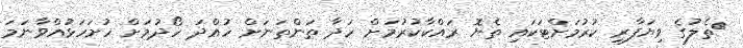
ތެލުގެ ވިޔަފާރި ކުރުމަށްޓަކައި ތެޔޮ ރައްކާކުރުމަށް ހަދާ ތަންތަނަށް ހުއްދަ ހޯދުމަށް ހުށަހަޅުއްވާނަމަ